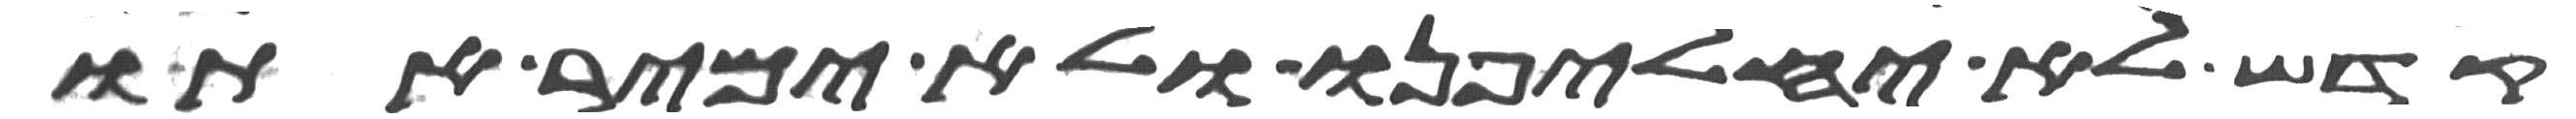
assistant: קדש לא יחלפנו ולא ימיר אתו